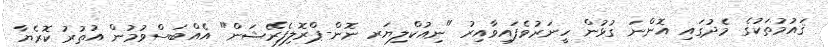
ޤައުމުތަކުގެ މެދުގައި އޮންނަ ގުޅުން ހީނަރުވެފައިވާއިރު "ނިއުކްލިޔަރ ނޮން-ޕްރޮލިފެރޭޝަން" އެއްބަސްވުމުން އުތުރު ކޮރެޔާ